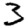
Digit: 3